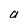
Character: a